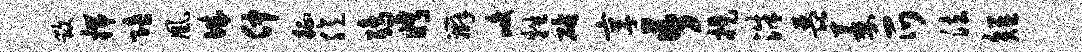
毁揣陪凰城仲征臆鸱眄辫峻牲砧享吾提洙琵萎爪法短